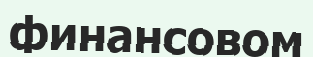
финансовом